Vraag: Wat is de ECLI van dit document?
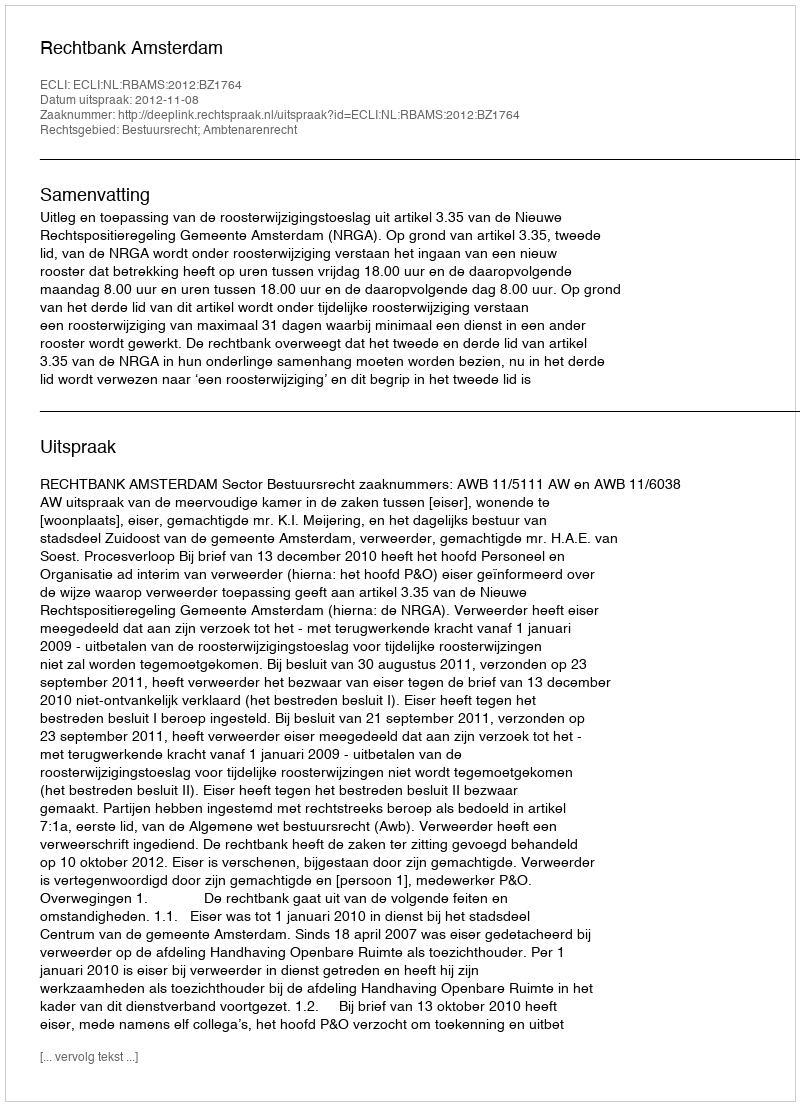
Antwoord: ECLI:NL:RBAMS:2012:BZ1764